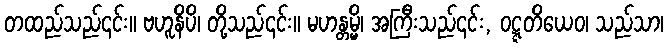
တထည်သည်၎င်း။ ဗဟူနိပိ၊ တို့သည်၎င်း။ မဟန္တမ္မိ၊ အကြီးသည်၎င်း, ဝဋ္ဋတိယေဝ၊ သည်သာ၊